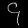
Digit: ၄